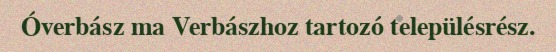
Óverbász ma Verbászhoz tartozó településrész.